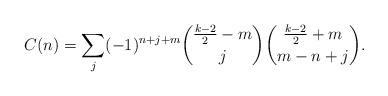
LaTeX: \begin{align*}C(n)=\sum_{j}(-1)^{n+j+m}\binom{\frac{k-2}{2}-m}{j}\binom{\frac{k-2}{2}+m}{m-n+j}.\end{align*}